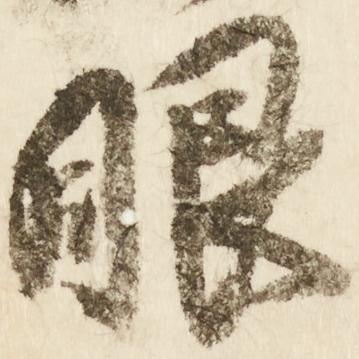
眼